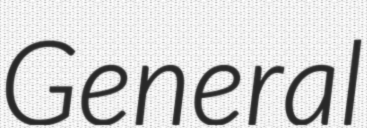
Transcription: General